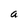
Character: a